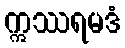
ဣဿရမဒံ